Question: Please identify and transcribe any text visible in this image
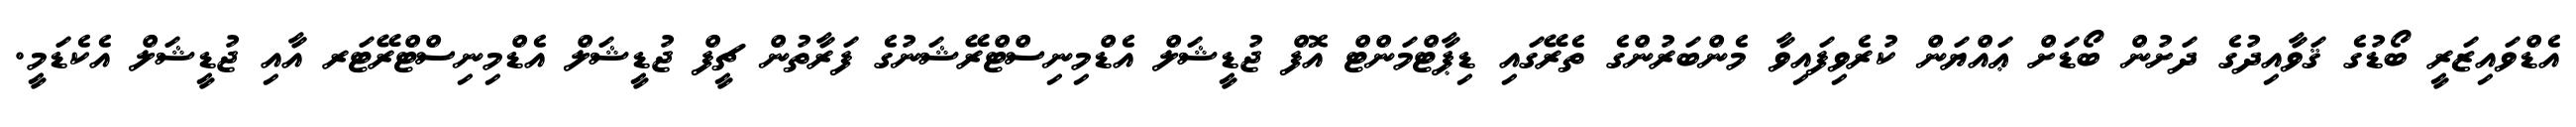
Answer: އެޑްވައިޒަރީ ބޯޑުގެ ޤަވާއިދުގެ ދަށުން ބޯޑަށް ޢައްޔަން ކުރެވިފައިވާ މެންބަރުންގެ ތެރޭގައި ޑިޕާޓްމަންޓް އޮފް ޖުޑީޝަލް އެޑްމިނިސްޓްރޭޝަނުގެ ފަރާތުން ޗީފް ޖުޑީޝަލް އެޑްމިނިސްޓްރޭޓަރ އާއި ޖުޑީޝަލް އެކެޑަމީ.